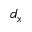
d _ { x }